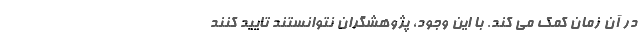
در آن زمان کمک می کند. با این وجود، پژوهشگران نتوانستند تایید کنند